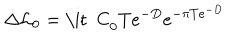
\Delta { \cal L } _ { 0 } = \mathrm { \it ~ C } _ { 0 } T e ^ { - D } e ^ { - \pi T e ^ { - D } }